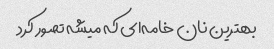
بهترین نان خامه‌ای که میشه تصور کرد